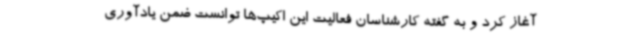
آغاز کرد و به گفته کارشناسان فعالیت این اکیپ‌ها توانست ضمن یادآوری